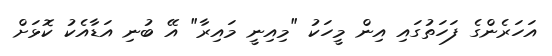
އަހަރެންގެ ފަހަތުގައި އިން މީހަކު "މިއިނީ މައިރާ" އޭ ބުނި އަޑާއެކު ކޮޅަށް